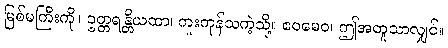
မြစ်မကြီးကို။ ဥတ္တရန္တိယထာ၊ ကူးကုန်သကဲ့သို့။ ဧဝမေဝ၊ ဤအတူသာလျှင်။